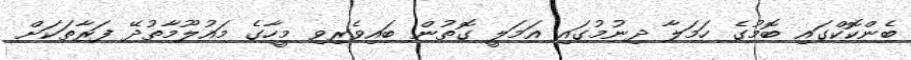
ބެންކޮކްގައި ބޮމުގެ ހަމަލާ ދިނުމުގައި އަމަލީ ގޮތުން ބައިވެރިވި މީހާގެ މައުލޫމާތުދޭ ފަރާތަކަށް